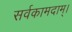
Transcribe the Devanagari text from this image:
सर्वकामदाम्‌।